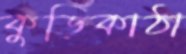
কুড়িকাঠা